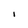
Character: I